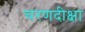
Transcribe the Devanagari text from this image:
चरणदीक्षा